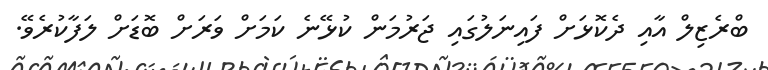
ބްރެޒިލް އާއި ދެކޮޅަށް ފައިނަލުގައި ޖަރުމަން ކުޅޭނެ ކަމަށް ވަރަށް ބޮޑަށް ލަފާކުރެވޭ.